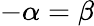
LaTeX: -\alpha=\beta